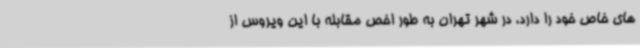
های خاص خود را دارد. در شهر تهران به طور اخص مقابله با این ویروس از